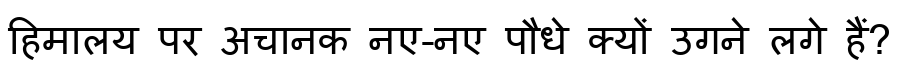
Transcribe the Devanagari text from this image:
हिमालय पर अचानक नए-नए पौधे क्यों उगने लगे हैं?